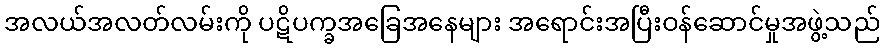
အလယ်အလတ်လမ်းကို ပဋိပက္ခအခြေအနေများ အရောင်းအပြီးဝန်ဆောင်မှုအဖွဲ့သည်